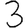
Digit: 3